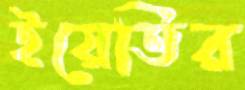
ইয়েতির